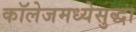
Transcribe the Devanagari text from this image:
कॉलेजमध्येसुद्धा